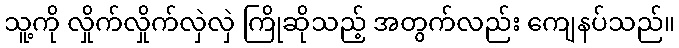
သူ့ကို လှိုက်လှိုက်လှဲလှဲ ကြိုဆိုသည့် အတွက်လည်း ကျေနပ်သည်။